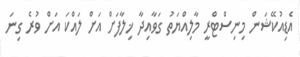
އެޑިއުކޭޝަން މިނިސްޓްރީ މާލިއްޔަތު ގަވާއިދާ ޚިލާފަށް އަށް ލައްކަ އަށް ވުރެ ގިނަ